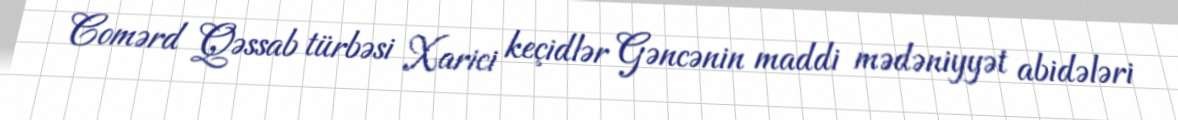
Comərd Qəssab türbəsi Xarici keçidlər Gəncənin maddi mədəniyyət abidələri